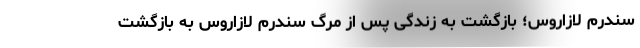
سندرم لازاروس؛ بازگشت به زندگی پس از مرگ سندرم لازاروس به بازگشت